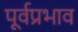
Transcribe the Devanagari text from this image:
पूर्वप्रभाव